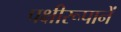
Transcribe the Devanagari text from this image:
पक्षीरूपानें